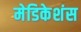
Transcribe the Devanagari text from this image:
मेडिकेशंस